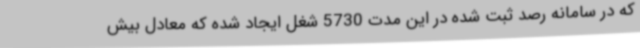
که در سامانه رصد ثبت شده در این مدت 5730 شغل ایجاد شده که معادل بیش